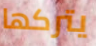
يتركها